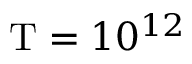
\mathrm { T } = 1 0 ^ { 1 2 }